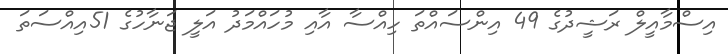
އިސްމާއީލް ރަޝީދުގެ 49 އިންސައްތަ ހިއްސާ އާއި މުހައްމަދު އަލީ ޖަނާހުގެ 51އިއްސަތަ